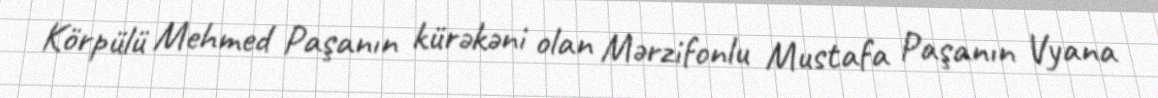
Körpülü Mehmed Paşanın kürəkəni olan Mərzifonlu Mustafa Paşanın Vyana